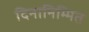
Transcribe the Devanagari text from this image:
दिनानिम्मित